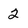
Character: 2